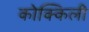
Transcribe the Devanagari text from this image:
कोक्किली